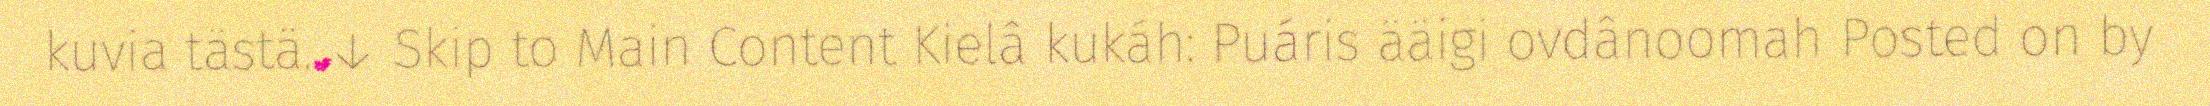
kuvia tästä. ↓ Skip to Main Content Kielâ kukáh: Puáris ääigi ovdânoomah Posted on by